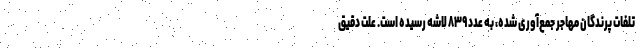
تلفات پرندگان مهاجر جمع‌آوری شده، به عدد ۸۳۹ لاشه رسیده است. علت دقیق